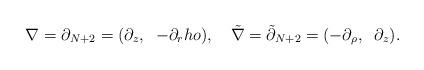
LaTeX: \begin{align*}\nabla=\partial_{N+2}=(\partial_z,\;\;-\partial_rho),\quad{\tilde \nabla}={\tilde\partial}_{N+2}=(-\partial_\rho,\;\;\partial_z).\end{align*}